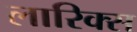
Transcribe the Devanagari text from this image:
लारिक्स